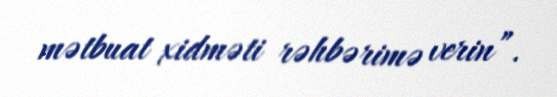
mətbuat xidməti rəhbərimə verin”.